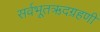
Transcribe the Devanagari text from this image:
सर्वभूतऋदग्रहणी